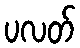
ပလတ်